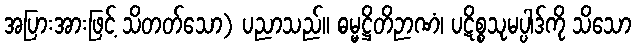
အပြားအားဖြင့် သိတတ်သော) ပညာသည်။ ဓမ္မဋ္ဌိတိဉာဏံ၊ ပဋိစ္စသုမပ္ပါဒ်ကို သိသော